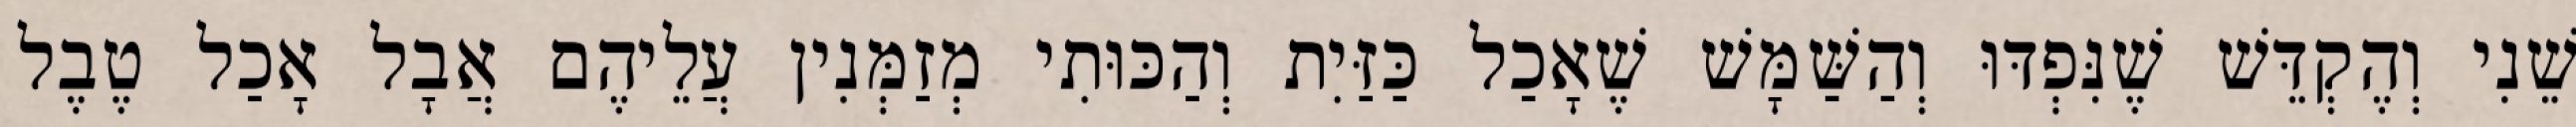
שֵׁנִי וְהֶקְדֵּשׁ שֶׁנִּפְדּוּ וְהַשַּׁמָּשׁ שֶׁאָכַל כַּזַּיִת וְהַכּוּתִי מְזַמְּנִין עֲלֵיהֶם אֲבָל אָכַל טֶבֶל